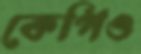
কেপিও